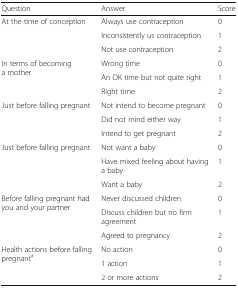
<table><thead><tr><td><b>Question</b></td><td><b>Answer</b></td><td><b>Score</b></td></tr></thead><tbody><tr><td rowspan="3">At the time of conception</td><td>Always use contraception</td><td>0</td></tr><tr><td>Inconsistently us contraception</td><td>1</td></tr><tr><td>Not use contraception</td><td>2</td></tr><tr><td rowspan="3">In terms of becoming a mother</td><td>Wrong time</td><td>0</td></tr><tr><td>An OK time but not quite right</td><td>1</td></tr><tr><td>Right time</td><td>2</td></tr><tr><td rowspan="3">Just before falling pregnant</td><td>Not intend to become pregnant</td><td>0</td></tr><tr><td>Did not mind either way</td><td>1</td></tr><tr><td>Intend to get pregnant</td><td>2</td></tr><tr><td rowspan="3">Just before falling pregnant</td><td>Not want a baby</td><td>0</td></tr><tr><td>Have mixed feeling about having a baby</td><td>1</td></tr><tr><td>Want a baby</td><td>2</td></tr><tr><td rowspan="3">Before falling pregnant had you and your partner</td><td>Never discussed children</td><td>0</td></tr><tr><td>Discuss children but no firm agreement</td><td>1</td></tr><tr><td>Agreed to pregnancy</td><td>2</td></tr><tr><td rowspan="3">Health actions before falling pregnant<sup>a</sup></td><td>No action</td><td>0</td></tr><tr><td>1 action</td><td>1</td></tr><tr><td>2 or more actions</td><td>2</td></tr></tbody></table>